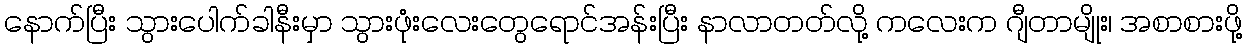
နောက်ပြီး သွားပေါက်ခါနီးမှာ သွားဖုံးလေးတွေရောင်အန်းပြီး နာလာတတ်လို့ ကလေးက ဂျီတာမျိုး၊ အစာစားဖို့